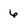
Character: 6